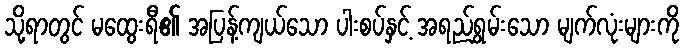
သို့ရာတွင် မထွေးရီ၏ အပြန့်ကျယ်သော ပါးစပ်နှင့် အရည်ရွှမ်းသော မျက်လုံးများကို